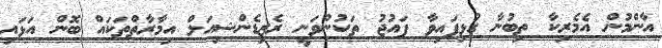
އާންމުން އެމެރިކާ ތިބުނާ ގުޅިފައިވާ ފައުޖު ތަކުންވަނީ ރެޒިޑެންޝިއަލް އިމާރާތްތަކައް ބޮން އަޅައި